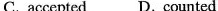
C. accepted D. counted